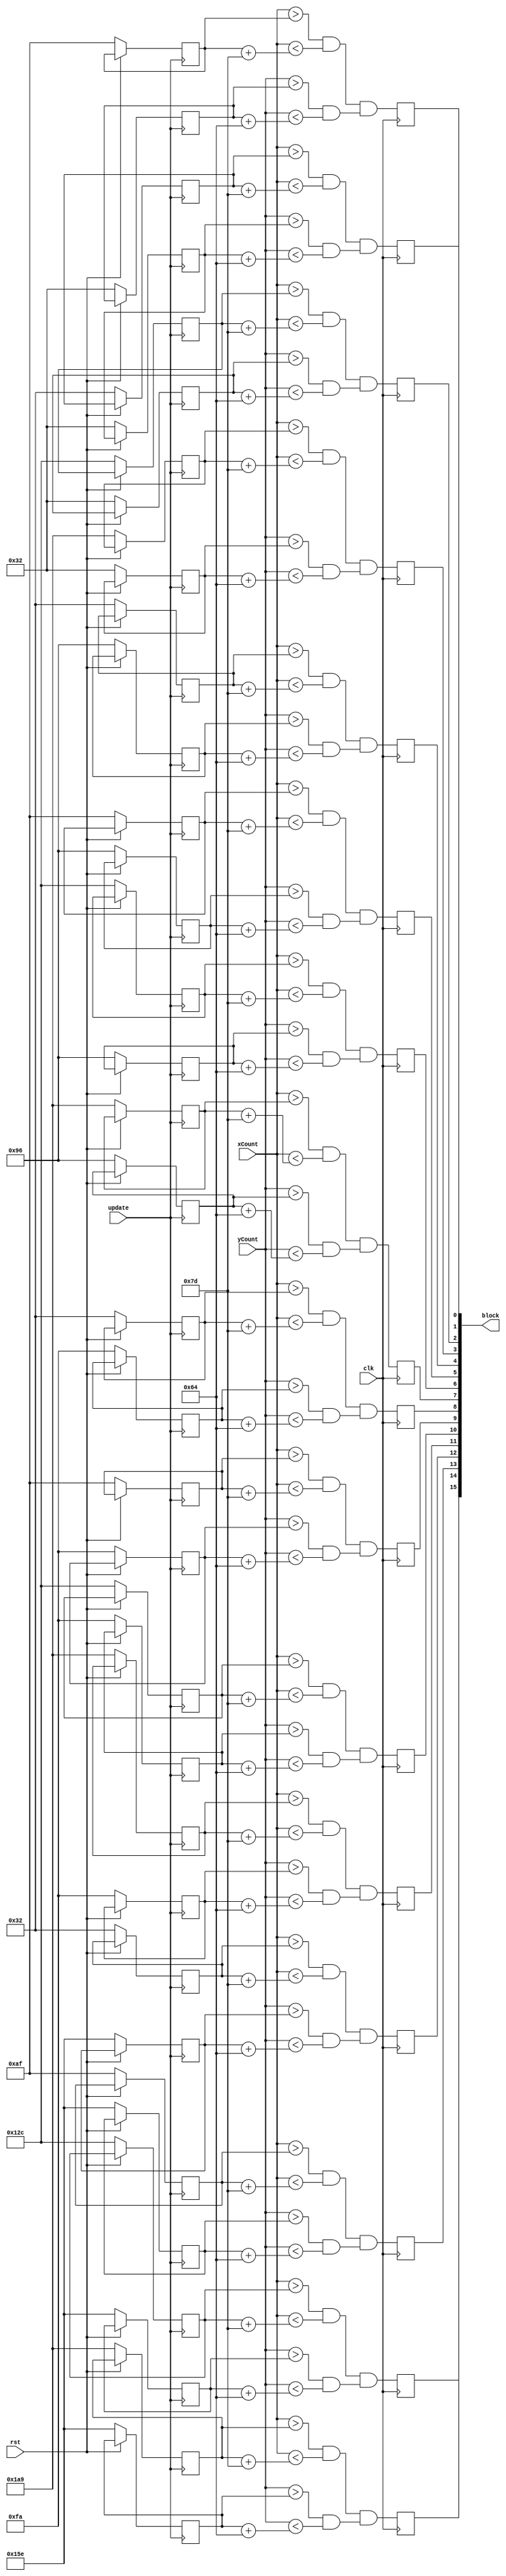
module blocks(clk,rst, update, xCount, yCount, block);
input clk, rst, update;
input [9:0]xCount;
input [9:0]yCount;
wire [9:0] xCount;
wire [9:0] yCount;


output [15:0]block;
assign block[0] = block0;
assign block[1] = block1;
assign block[2] = block2;
assign block[3] = block3;
assign block[4] = block4;
assign block[5] = block5;
assign block[6] = block6;
assign block[7] = block7;
assign block[8] = block8;
assign block[9] = block9;
assign block[10] = block10;
assign block[11] = block11;
assign block[12] = block12;
assign block[13] = block13;
assign block[14] = block14;
assign block[15] = block15;

reg block0;
reg block1;
reg block2;
reg block3;
reg block4;
reg block5;
reg block6;
reg block7;
reg block8;
reg block9;
reg block10;
reg block11;
reg block12;
reg block13;
reg block14;
reg block15;

reg [9:0] block0X [0:31];
reg [8:0] block0Y [0:31];
reg [9:0] block1X [0:31];
reg [8:0] block1Y [0:31];
reg [9:0] block2X [0:31];
reg [8:0] block2Y [0:31];
reg [9:0] block3X [0:31];
reg [8:0] block3Y [0:31];
reg [9:0] block4X [0:31];
reg [8:0] block4Y [0:31];
reg [9:0] block5X [0:31];
reg [8:0] block5Y [0:31];
reg [9:0] block6X [0:31];
reg [8:0] block6Y [0:31];
reg [9:0] block7X [0:31];
reg [8:0] block7Y [0:31];
reg [9:0] block8X [0:31];
reg [8:0] block8Y [0:31];
reg [9:0] block9X [0:31];
reg [8:0] block9Y [0:31];
reg [9:0] block10X [0:31];
reg [8:0] block10Y [0:31];
reg [9:0] block11X [0:31];
reg [8:0] block11Y [0:31];
reg [9:0] block12X [0:31];
reg [8:0] block12Y [0:31];
reg [9:0] block13X [0:31];
reg [8:0] block13Y [0:31];
reg [9:0] block14X [0:31];
reg [8:0] block14Y [0:31];
reg [9:0] block15X [0:31];
reg [8:0] block15Y [0:31];





//controls block sizes
always@(posedge clk) 
	begin	
		//vertical block
		block0 <= (xCount > block0X[0] && xCount < (block0X[0] + 15'd125)) && (yCount > block0Y[0] && yCount < (block0Y[0] + 10'd100));
		block1 <= (xCount > block1X[0] && xCount < (block1X[0] + 15'd125)) && (yCount > block1Y[0] && yCount < (block1Y[0] + 10'd100));
		block2 <= (xCount > block2X[0] && xCount < (block2X[0] + 15'd125)) && (yCount > block2Y[0] && yCount < (block2Y[0] + 10'd100));
		block3 <= (xCount > block3X[0] && xCount < (block3X[0] + 15'd125)) && (yCount > block3Y[0] && yCount < (block3Y[0] + 10'd100));
		block4 <= (xCount > block4X[0] && xCount < (block4X[0] + 15'd125)) && (yCount > block4Y[0] && yCount < (block4Y[0] + 10'd100));
		block5 <= (xCount > block5X[0] && xCount < (block5X[0] + 15'd125)) && (yCount > block5Y[0] && yCount < (block5Y[0] + 10'd100));
		block6 <= (xCount > block6X[0] && xCount < (block6X[0] + 15'd125)) && (yCount > block6Y[0] && yCount < (block6Y[0] + 10'd100));
		block7 <= (xCount > block7X[0] && xCount < (block7X[0] + 15'd125)) && (yCount > block7Y[0] && yCount < (block7Y[0] + 10'd100));
		block8 <= (xCount > block8X[0] && xCount < (block8X[0] + 15'd125)) && (yCount > block8Y[0] && yCount < (block8Y[0] + 10'd100));
		block9 <= (xCount > block9X[0] && xCount < (block9X[0] + 15'd125)) && (yCount > block9Y[0] && yCount < (block9Y[0] + 10'd100));
		block10 <= (xCount > block10X[0] && xCount < (block10X[0] + 15'd125)) && (yCount > block10Y[0] && yCount < (block10Y[0] + 10'd100));
		block11 <= (xCount > block11X[0] && xCount < (block11X[0] + 15'd125)) && (yCount > block11Y[0] && yCount < (block11Y[0] + 10'd100));
		block12 <= (xCount > block12X[0] && xCount < (block12X[0] + 15'd125)) && (yCount > block12Y[0] && yCount < (block12Y[0] + 10'd100));
		block13 <= (xCount > block13X[0] && xCount < (block13X[0] + 15'd125)) && (yCount > block13Y[0] && yCount < (block13Y[0] + 10'd100));
		block14 <= (xCount > block14X[0] && xCount < (block14X[0] + 15'd125)) && (yCount > block14Y[0] && yCount < (block14Y[0] + 10'd100));
		block15 <= (xCount > block15X[0] && xCount < (block15X[0] + 15'd125)) && (yCount > block15Y[0] && yCount < (block15Y[0] + 10'd100));
		
		//horizontal block
	
	end




// Stationary block control
always @(posedge update)
	begin
		if (rst == 1'b0) // position
			begin 
				block0X[0] <= 10'd50;
				block0Y[0] <= 11'd50;
				block1X[0] <= 10'd175;
				block1Y[0] <= 11'd50;
				block2X[0] <= 10'd300;
				block2Y[0] <= 11'd50;
				block3X[0] <= 10'd425;
				block3Y[0] <= 11'd50;
				block4X[0] <= 10'd50;
				block4Y[0] <= 11'd150;
				block5X[0] <= 10'd175;
				block5Y[0] <= 11'd150;
				block6X[0] <= 10'd300;
				block6Y[0] <= 11'd150;
				block7X[0] <= 10'd425;
				block7Y[0] <= 11'd150;
				block8X[0] <= 10'd50;
				block8Y[0] <= 11'd250;
				block9X[0] <= 10'd175;
				block9Y[0] <= 11'd250;
				block10X[0] <= 10'd300;
				block10Y[0] <= 11'd250;
				block11X[0] <= 10'd425;
				block11Y[0] <= 11'd250;
				block12X[0] <= 10'd50;
				block12Y[0] <= 11'd350;
				block13X[0] <= 10'd175;
				block13Y[0] <= 11'd350;
				block14X[0] <= 10'd300;
				block14Y[0] <= 11'd350;
				block15X[0] <= 10'd425;
				block15Y[0] <= 11'd350;
				
			end
	end
endmodule